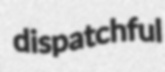
dispatchful